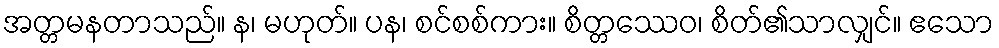
အတ္တမနတာသည်။ န၊ မဟုတ်။ ပန၊ စင်စစ်ကား။ စိတ္တဿေဝ၊ စိတ်၏သာလျှင်။ ဧသော